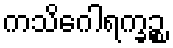
ကသိဂေါရက္ခဉ္စ